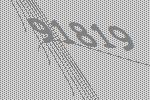
91819